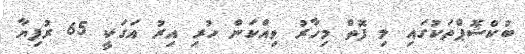
ބުކްޝޮޕްތަކުގައި މި ފޮތް މިހާރު ވިއްކަން ހުރި އިރު އަގަކީ 65 ރުފިޔާ